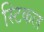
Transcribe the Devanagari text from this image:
स्टिकल